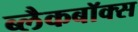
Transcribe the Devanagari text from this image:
ब्लैकबॉक्स